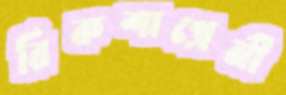
রিকশাপ্রেমী